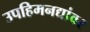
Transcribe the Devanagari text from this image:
उपहिमनद्यांवर